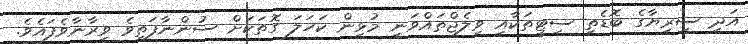
އަދި ސީރިޔާގެ ބޮޑެތި ސިޓީތަކާއި ވިލެޖްތައްވަނީ މުޅިން ކަހަލަ ގޮތަކަށް ސުންނާފަތިވެ ވީރާނާވެފައެވެ.